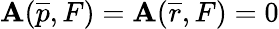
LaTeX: \mathbf{A}(\overline{{{{p}}}},F)=\mathbf{A}(\overline{{{{r}}}},F)=0